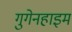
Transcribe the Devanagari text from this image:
गुगेनहाइम